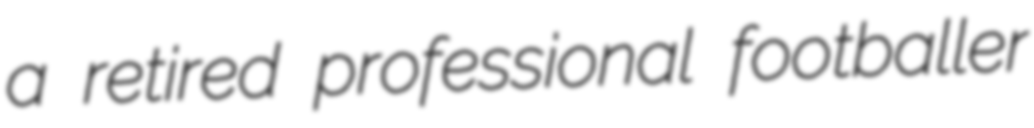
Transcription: a retired professional footballer